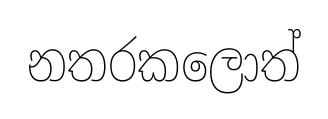
නතරකලොත්